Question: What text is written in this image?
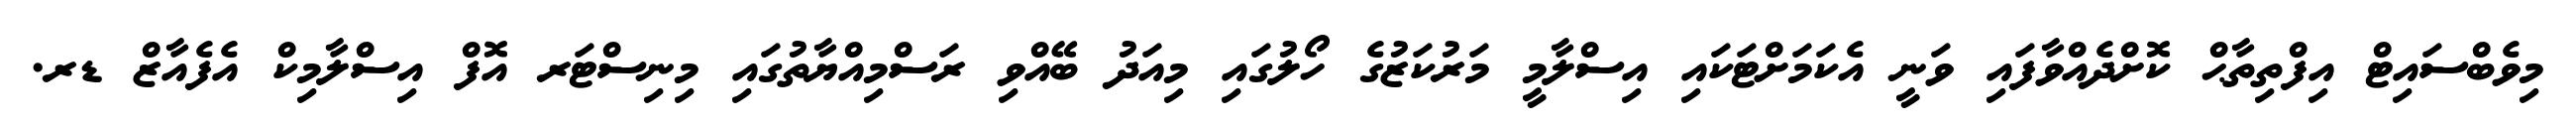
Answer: މިވެބްސައިޓް އިފްތިތާޙް ކޮށްދެއްވާފައި ވަނީ އެކަމަށްޓަކައި އިސްލާމީ މަރުކަޒުގެ ހޯލުގައި މިއަދު ބޭއްވި ރަސްމިއްޔާތުގައި މިނިސްޓަރ އޮފް އިސްލާމިކް އެފެއާޒް ޑރ.